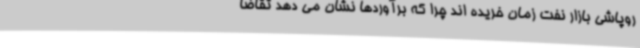
روپاشی بازار نفت زمان خریده اند چرا که برآوردها نشان می دهد تقاضا